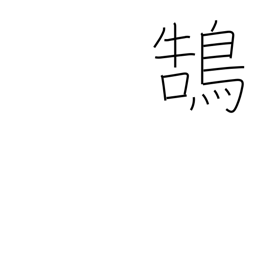
Meaning: swan